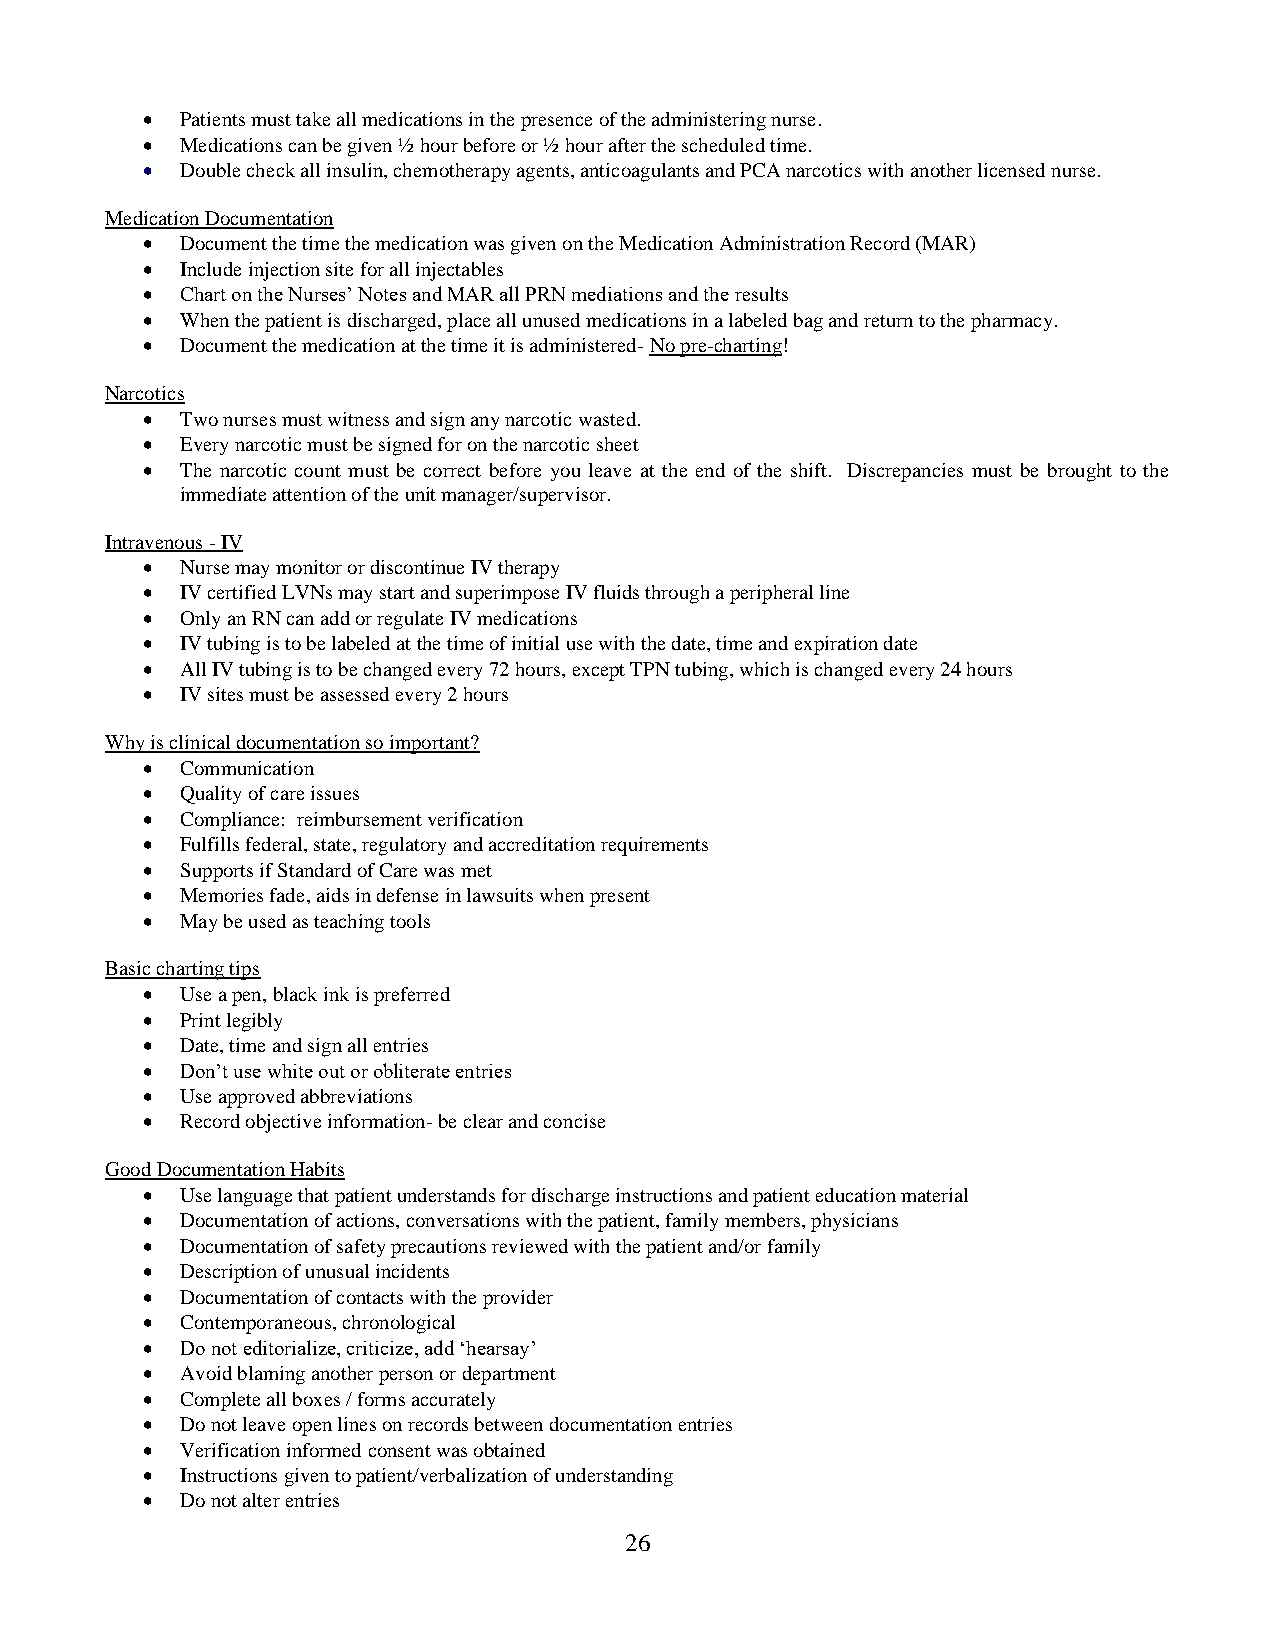
•  Patients must take all medications in the presence of the administering nurse.
 •  Medications can be given ½ hour before or ½ hour after the scheduled time.
 •  Double check all insulin, chemotherapy agents, anticoagulants and PCA narcotics with another licensed nurse.
 Medication Documentation
 •  Document the time the medication was given on the Medication Administration Record (MAR)
 •  Include injection site for all injectables
 •  Chart on the Nurses’ Notes and MAR all PRN mediations and the results
 •  When the patient is discharged, place all unused medications in a labeled bag and return to the pharmacy.
 •  Document the medication at the time it is administered- No pre-charting!
 Narcotics
 •  Two nurses must witness and sign any narcotic wasted.
 •  Every narcotic must be signed for on the narcotic sheet
 •  The narcotic count must be correct before you leave at the end of the shift. Discrepancies must be brought to the
 immediate attention of the unit manager/supervisor.
 Intravenous - IV
 •  Nurse may monitor or discontinue IV therapy
 •  IV certified LVNs may start and superimpose IV fluids through a peripheral line
 •  Only an RN can add or regulate IV medications
 •  IV tubing is to be labeled at the time of initial use with the date, time and expiration date
 •  All IV tubing is to be changed every 72 hours, except TPN tubing, which is changed every 24 hours
 •  IV sites must be assessed every 2 hours
 Why is clinical documentation so important?
 •  Communication
 •  Quality of care issues
 •  Compliance: reimbursement verification
 •  Fulfills federal, state, regulatory and accreditation requirements
 •  Supports if Standard of Care was met
 •  Memories fade, aids in defense in lawsuits when present
 •  May be used as teaching tools
 Basic charting tips
 •  Use a pen, black ink is preferred
 •  Print legibly
 •  Date, time and sign all entries
 •  Don’t use white out or obliterate entries
 •  Use approved abbreviations
 •  Record objective information- be clear and concise
 Good Documentation Habits
 •  Use language that patient understands for discharge instructions and patient education material
 •  Documentation of actions, conversations with the patient, family members, physicians
 •  Documentation of safety precautions reviewed with the patient and/or family
 •  Description of unusual incidents
 •  Documentation of contacts with the provider
 •  Contemporaneous, chronological
 •  Do not editorialize, criticize, add ‘hearsay’
 •  Avoid blaming another person or department
 •  Complete all boxes / forms accurately
 •  Do not leave open lines on records between documentation entries
 •  Verification informed consent was obtained
 •  Instructions given to patient/verbalization of understanding
 •  Do not alter entries
 26